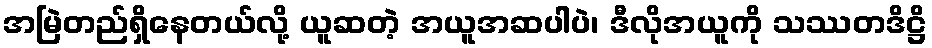
အမြဲတည်ရှိနေတယ်လို့ ယူဆတဲ့ အယူအဆပါပဲ၊ ဒီလိုအယူကို သဿတဒိဋ္ဌိ